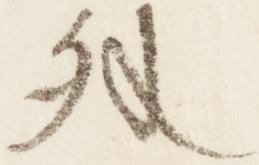
外